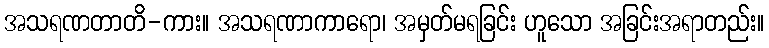
အသရဏတာတိ-ကား။ အသရဏာကာရော၊ အမှတ်မရခြင်း ဟူသော အခြင်းအရာတည်း။